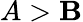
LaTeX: A>\mathbf{B}